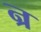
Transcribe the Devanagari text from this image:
न्र